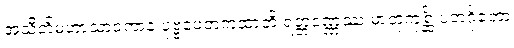
အသီတိမဟာသာဝကာနံ ပုဗ္ဗပေတကထာတိ ရတ္တဝဏ္ဏဿ မာတုကုစ္ဆိံ ပဘင်္ဂုတော